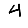
Digit: 4